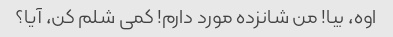
اوه، بیا! من شانزده مورد دارم! کمی شلم کن، آیا؟